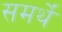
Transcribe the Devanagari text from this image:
समर्थें